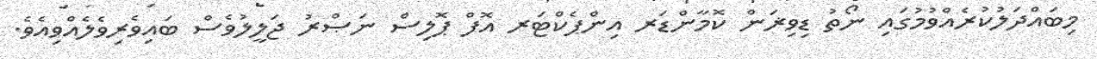
މިބައްދަލުކުރެއްވުމުގައި ނޯތު ޑިވިޜަން ކޮމާންޑަރ އިންޕެކްޓަރ އޮފް ޕޮލިސް ނަޞްރު ޖަލީލުވެސް ބައިވެރިވެލެއްވިއެވެ.